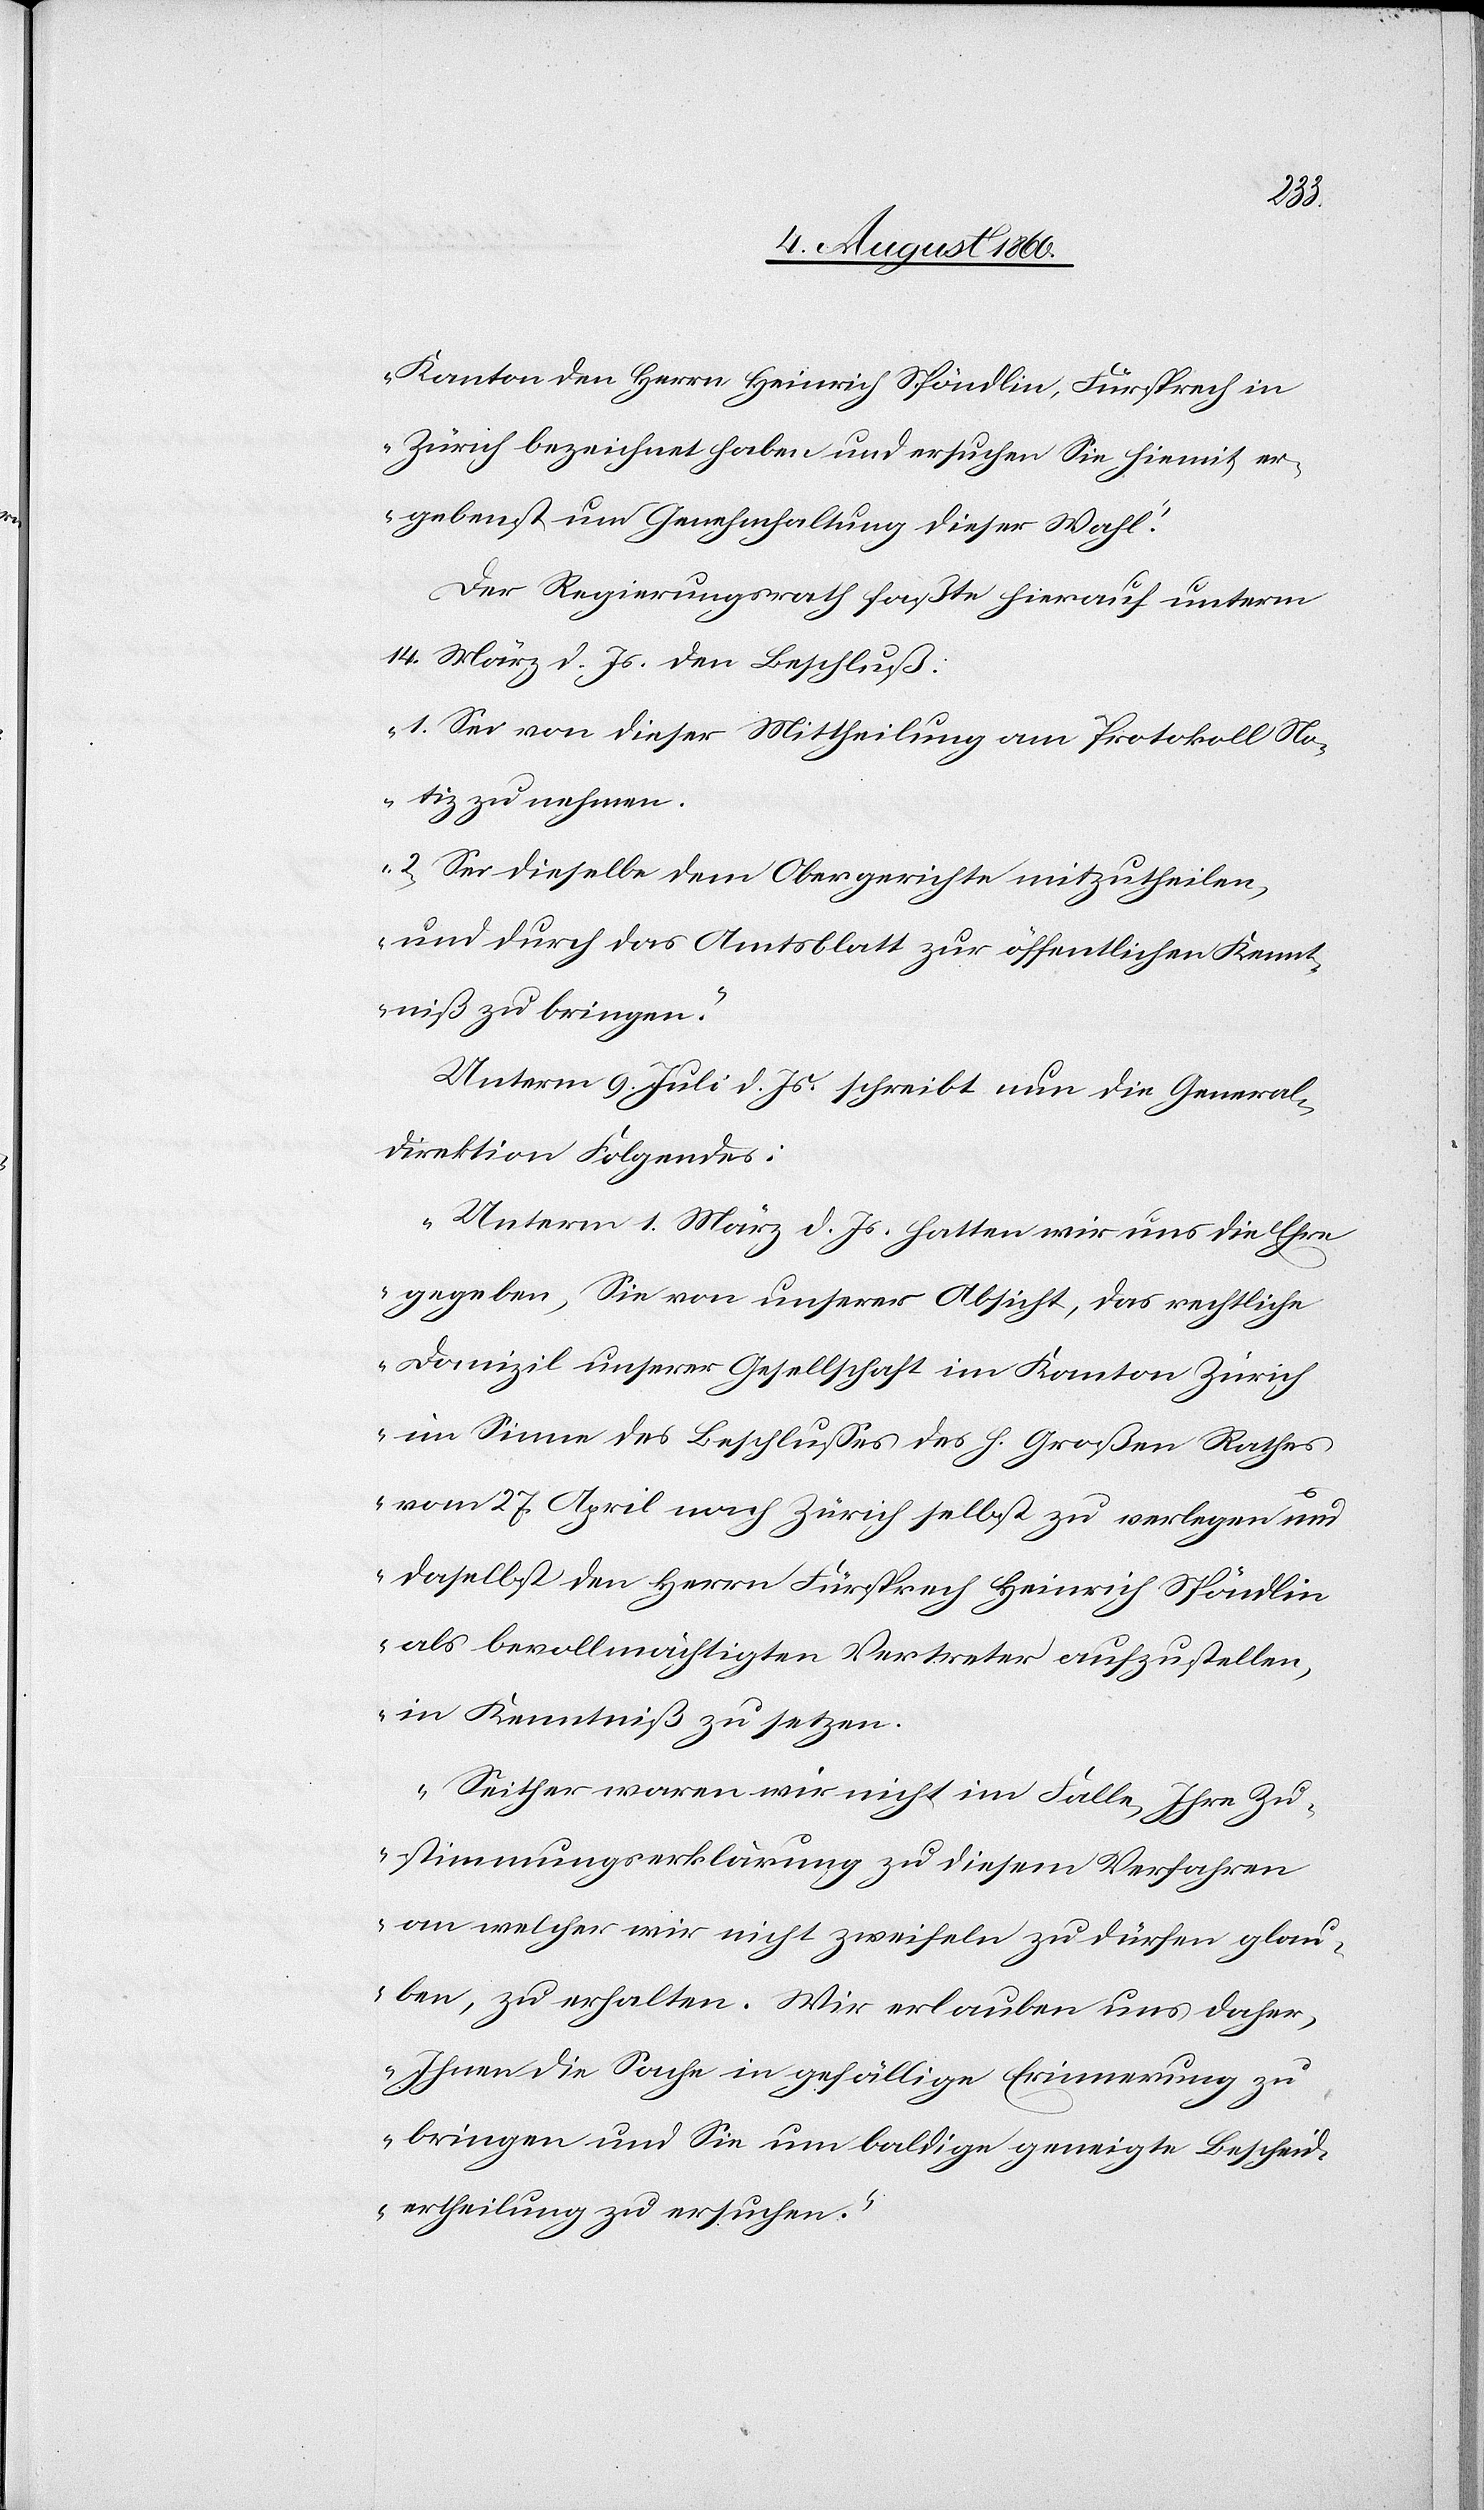
Kanton den Herrn Heinrich Spöndlin, Fürsprech in
Zürich bezeichnet haben und ersuchen Sie hiemit er¬
gebenst um Genehmhaltung dieser Wahl.“
Der Regierungsrath fasst hierauf unterm
14. März d. Js. den Beschluss:
„1. Sei von dieser Mittheilung am Protokoll No¬
tiz zu nehmen.
2. Sei dieselbe dem Obergerichte mitzutheilen
und durch das Amtsblatt zur öffentlichen Kennt¬
niss zu bringen.“
Unterm 9. Juli d. Js. schreibt nun die General¬
direktion Folgendes:
„Unterm 1. März d. Js. hatten wir uns die Ehre
gegeben, Sie von unserer Absicht, das rechtliche
Domizil unserer Gesellschaft im Kanton Zürich
im Sinne des Beschlusses des h. Grossen Rathes
vom 27. April nach Zürich selbst zu verlegen und
daselbst den Herrn Fürsprech Heinrich Spöndlin
als bevollmächtigten Vertreter aufzustellen,
in Kenntniss zu setzen.
Seither waren wir nicht im Falle, Ihre Zu¬
stimmungserklärung zu diesem Verfahren,
an welcher wir nicht zweifeln zu dürfen glau¬
ben, zu erhalten. Wir erlauben uns daher,
Ihnen die Sache in gefällige Erinnerung zu
bringen und Sie um baldige geneigte Bescheid¬
ertheilung zu ersuchen.